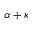
\alpha + \kappa